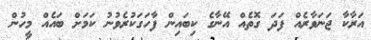
އަރާކާ ޖަނަވާރެއް ފަދަ ގޮތެއް އޭނާގެ ކިބައިން ފާހަގަކުރެވުނު ކަމަށް ބައެއް މީހުން